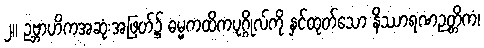
၂။ ဥဗ္ဘာဟိကအဆုံးအဖြတ်၌ ဓမ္မကထိကပုဂ္ဂိုလ်ကို နှင်ထုတ်သော နိဿာရဏဉတ္တိကံ၊